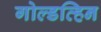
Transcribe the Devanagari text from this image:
गोल्डव्हिन